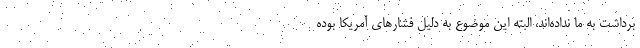
برداشت به ما نداده‌اند، البته این موضوع به دلیل فشارهای آمریکا بوده